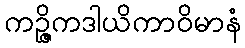
ကဉ္ဇိကဒါယိကာဝိမာနံ